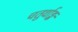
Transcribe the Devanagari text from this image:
चतुर्थाङ्क